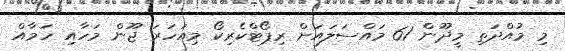
މި މުއްދަތި މީދޫން 61 މައްސަލައަށް ރިޕޯޓްކެރިކޯ މިއަހަރަ ޖޫން މަހާއި ހަމާއް